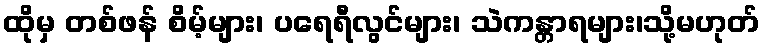
ထိုမှ တစ်ဖန် စိမ့်များ၊ ပရေရီလွင်များ၊ သဲကန္တာရများ၊သို့မဟုတ်